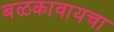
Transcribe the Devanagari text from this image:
बळकावायचा